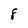
Character: 8